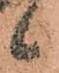
候